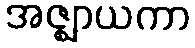
အဇ္ဈာယကာ